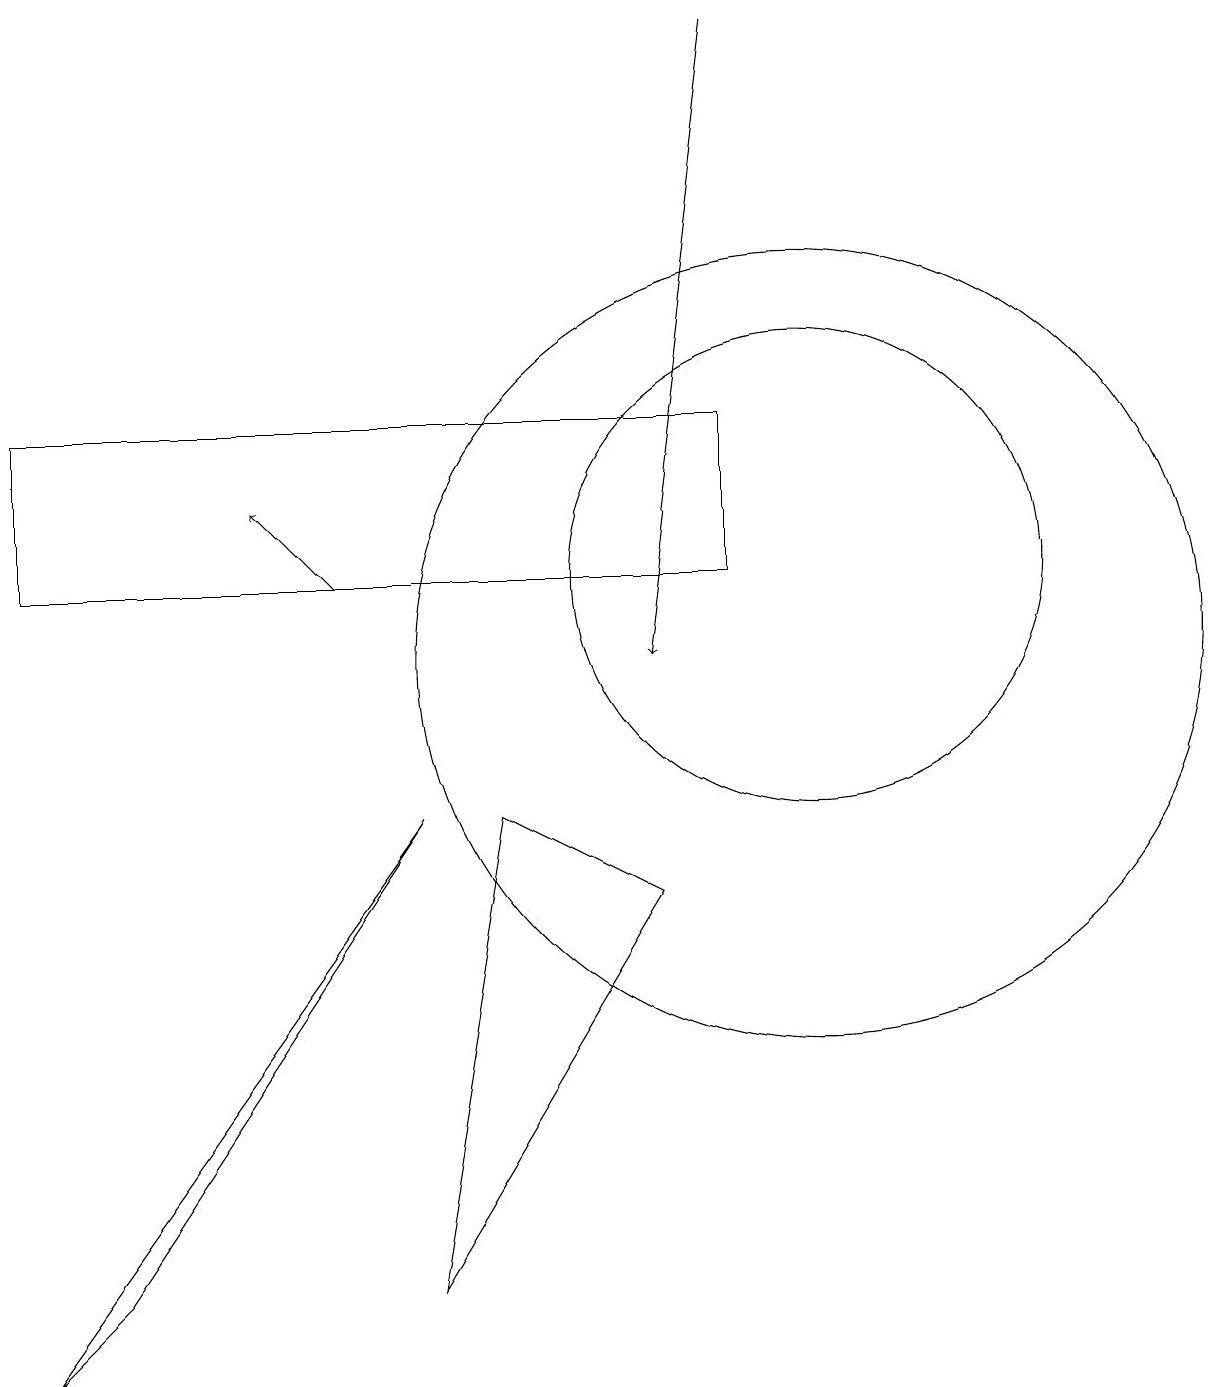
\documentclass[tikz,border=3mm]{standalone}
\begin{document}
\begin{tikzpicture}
\draw (8,7) -- (5,2) -- (6,8) -- cycle;
\draw[->] (4,11) -- (3,12);
\draw (0,13) rectangle (9,11);
\draw (10,10) circle (5);
\draw[->] (9,18) -- (8,10);
\draw (10,11) circle (3);
\draw (0,1) -- (1,2) -- (5,8) -- cycle;
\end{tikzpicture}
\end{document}